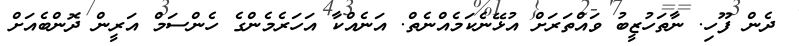
ދެން ފޫހި. ނާތަހުޒީބު ވައްތަރަށް އުޅޭނެކަމެއްނެތް. އަނެއްކާ އަހަރެމެންގެ ހެންސަމް އަރީން ދޮންބެއަށް